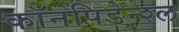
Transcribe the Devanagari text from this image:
कॉनपिडेन्श्ल